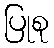
ပြုစု